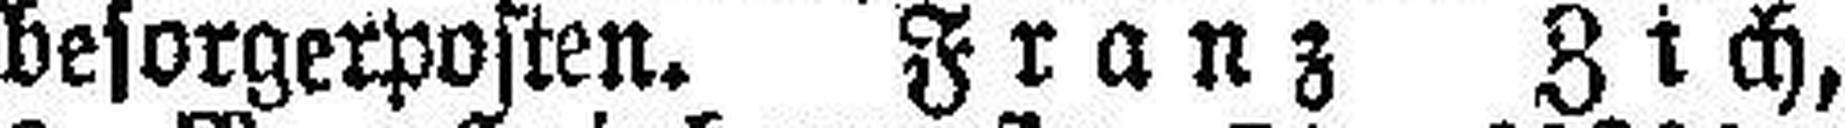
besorgerposten. Franz Zich,